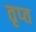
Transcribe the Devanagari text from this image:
तृप्‍त